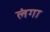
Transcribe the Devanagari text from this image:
लंगा